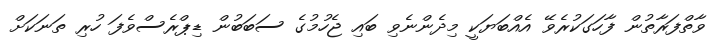
ވާތްފަރާތުން ފާހަގަކުރެވޭ އެއްބަޔަކީ މިދެންނެވި ބައި ޖެހުމުގެ ސަބަބުން ޑިޕްރެސްވެފަ ހުރި ތަނަކަށް